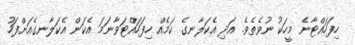
ހިފަހައްޓާނެ މީހަކު ނުވެތެވެ. އަދި އެކަލާނގެ ކަމެއް ހިފަހައްޓަވާނަމަ އެކަން އެކަލާނގެއަށްފަހު